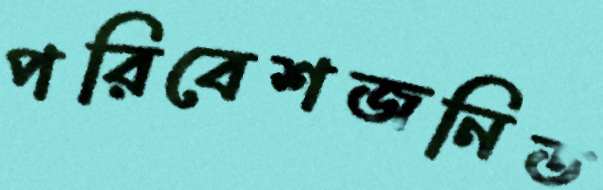
পরিবেশজনিত